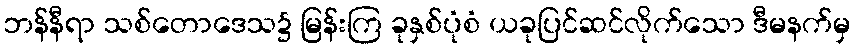
ဘန်နီရာ သစ်တောဒေသ၌ မြန်းကြ ခုနှစ်ပုံစံ ယခုပြင်ဆင်လိုက်သော ဒီမနက်မှ